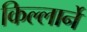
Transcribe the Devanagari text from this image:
किल्लार्ने